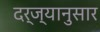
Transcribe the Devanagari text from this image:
दर्ज्यानुसार